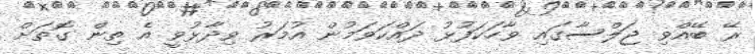
ރޭ ބޭއްވި ޖަލްސާގައި ވާހަކަފުޅު ދައްކަވަމުން އުމަރު ވިދާޅުވީ އެ ތިން ގޮތަށް